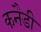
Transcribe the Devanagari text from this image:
कनैडी